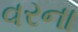
વરના